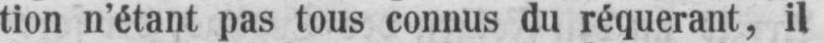
tion n’étant pas tous connus du réquerant, il